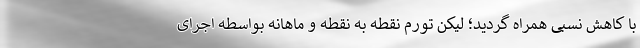
با کاهش نسبی همراه گردید؛ لیکن تورم نقطه به نقطه و ماهانه بواسطه اجرای